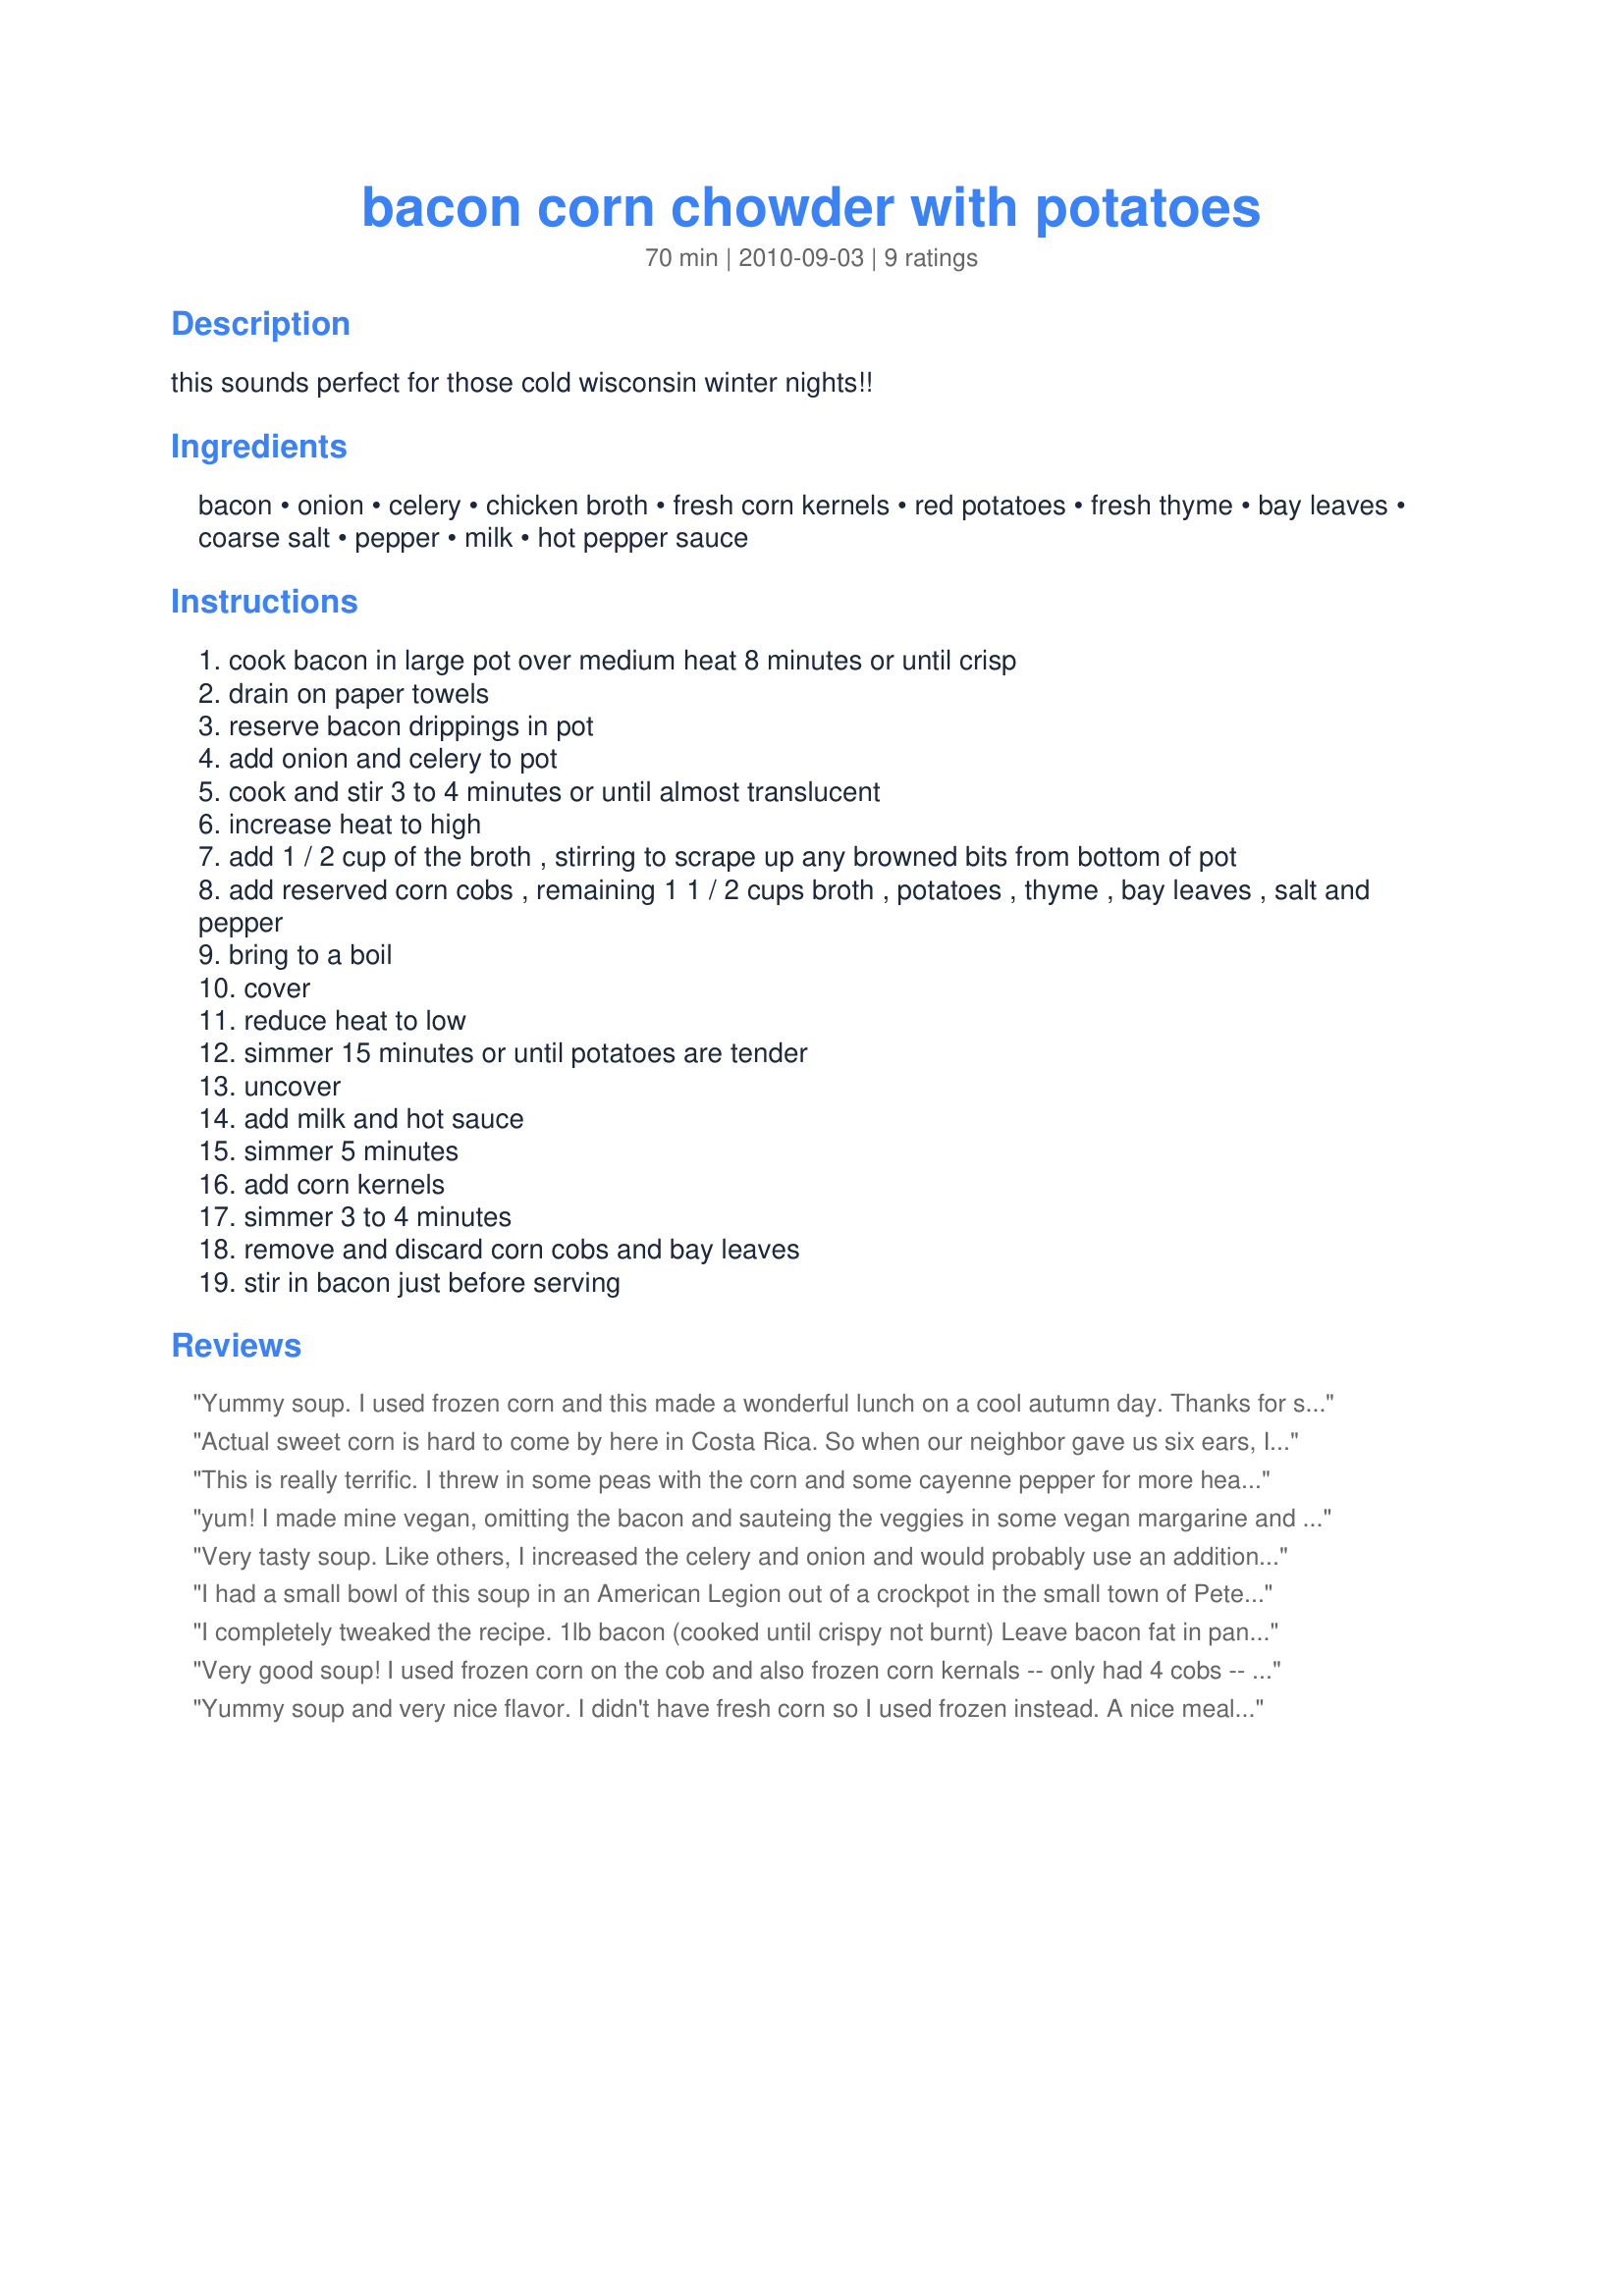
bacon corn chowder with potatoes
Preparation time: 70 minutes

this sounds perfect for those cold wisconsin winter nights!!

Ingredients:
bacon, onion, celery, chicken broth, fresh corn kernels, red potatoes, fresh thyme, bay leaves, coarse salt, pepper, milk, hot pepper sauce

Steps:
cook bacon in large pot over medium heat 8 minutes or until crisp
drain on paper towels
reserve bacon drippings in pot
add onion and celery to pot
cook and stir 3 to 4 minutes or until almost translucent
increase heat to high
add 1 / 2 cup of the broth , stirring to scrape up any browned bits from bottom of pot
add reserved corn cobs , remaining 1 1 / 2 cups broth , potatoes , thyme , bay leaves , salt and pepper
bring to a boil
cover
reduce heat to low
simmer 15 minutes or until potatoes are tender
uncover
add milk and hot sauce
simmer 5 minutes
add corn kernels
simmer 3 to 4 minutes
remove and discard corn cobs and bay leaves
stir in bacon just before serving

Reviews:
Yummy soup. I used frozen corn and this made a wonderful lunch on a cool autumn day. Thanks for sharing this, AZ. Congrats on your Football win!
Actual sweet corn is hard to come by here in Costa Rica. So when our neighbor gave us six ears, I decided the safest bet was to make corn chowder. Because I wanted to up the flavor, I used two chopped onions, a chopped red pepper and a lot of chopped parsley. Turned out quite tasty. If I'd made it in the states with REAL Jersey sweet corn, I would have given it five stars.
This is really terrific. I threw in some peas with the corn and some cayenne pepper for more heat. Even with turkey bacon, this recipe is a keeper. I found this recipe in Cookingclub.com August/September 2009. Thanks for posting!
yum! I made mine vegan, omitting the bacon and sauteing the veggies in some vegan margarine and then adding vegan bacon bits at the end which worked well. I added 1/4 cup carrots - and glad I did. Next time I will double the amt of celery and then use 1/2 cup carrots. I also subbed out the thyme (not my favorite) for some no salt all purpose seasoning. Also subbed out chicken stock for veggie stock. Lastly, I used almond milk in place of the regular milk which wasn't thick enough, so I added some vegan potato buds to the desired thickness (we like ours thick). Thanks for sharing!!! Made for ZWT8.
Very tasty soup. Like others, I increased the celery and onion and would probably use an additional vegetable next time like mushrooms or shredded carrot. The flavor is wonderful and it worked perfectly with frozen corn, since fresh is out of season now. Thanks for posting.
I had a small bowl of this soup in an American Legion out of a crockpot in the small town of Peterson, Minnesota. It was a light and savory flavor,perfectly warming for a frigid February night in the snow. Serve with some crusty bread, butter and a glass of milk or red wine and you are golden.
I completely tweaked the recipe. 1lb bacon (cooked until crispy not burnt) Leave bacon fat in pan 2 tsps better than bullion chicken base 4 cups water 2 cans creamed corn 2 cans corn 1/2 cup of half n half or light cream 3 russet potatoes or 1 can diced potatoes 1 tsp garlic cook with onion 1 small onion cooked until white Cook for 45 minutes add cream cook for another 5 minutes Crumble bacon Salt and pepper to taste
Very good soup! I used frozen corn on the cob and also frozen corn kernals -- only had 4 cobs -- and also used tarragon (dried) instead of thyme. Very filling and easy to make in about 30 minutes or so. Thanks for sharing!
Yummy soup and very nice flavor. I didn't have fresh corn so I used frozen instead. A nice meal on a cool fall night and very easy to make. Can't wait to taste the leftovers for lunch! Made for Newest Zaar Tag.
